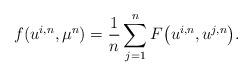
LaTeX: \begin{align*} f(u^{i,n}, \mu^n) = \frac{1}{n}\sum_{j=1}^n F\big(u^{i,n},u^{j,n}\big).\end{align*}